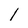
Character: l